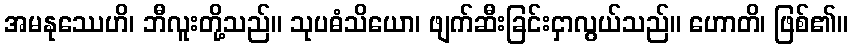
အမနုဿေဟိ၊ ဘီလူးတို့သည်။ သုပဓံသိယော၊ ဖျက်ဆီးခြင်းငှာလွယ်သည်။ ဟောတိ၊ ဖြစ်၏။